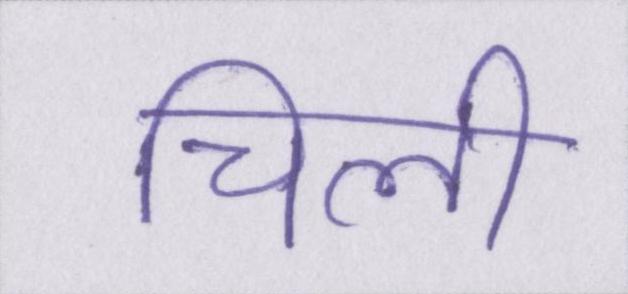
चिली